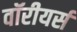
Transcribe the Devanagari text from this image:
वॉरीयर्स